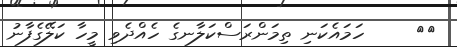
١٢     ހަމައެކަނި ތިމަންރަސްކަލާނގެ ހެއްދެވި މީހާ ކަލޭގެފާނު